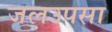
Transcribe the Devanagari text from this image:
जलउपसा